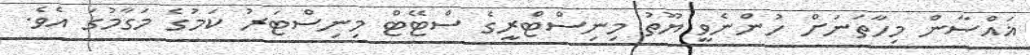
ޣައްސާން މިހާތަނަށް ހުންނެވީ ޔޫތު މިނިސްޓްރީގެ ސްޓޭޓް މިނިސްޓަރު ކަމުގެ މަގާމުގަ އެވެ.